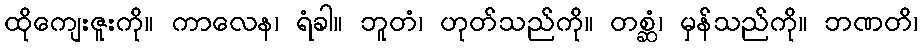
ထိုကျေးဇူးကို။ ကာလေန၊ ရံခါ။ ဘူတံ၊ ဟုတ်သည်ကို။ တစ္ဆံ၊ မှန်သည်ကို။ ဘဏတိ၊